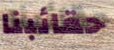
حقائبنا